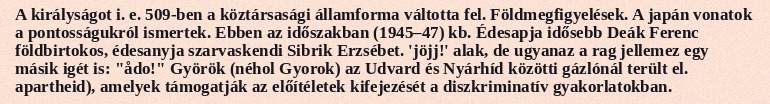
A királyságot i. e. 509-ben a köztársasági államforma váltotta fel. Földmegfigyelések. A japán vonatok a pontosságukról ismertek. Ebben az időszakban (1945–47) kb. Édesapja idősebb Deák Ferenc földbirtokos, édesanyja szarvaskendi Sibrik Erzsébet. 'jöjj!' alak, de ugyanaz a rag jellemez egy másik igét is: "ådo!" Györök (néhol Gyorok) az Udvard és Nyárhíd közötti gázlónál terült el. apartheid), amelyek támogatják az előítéletek kifejezését a diszkriminatív gyakorlatokban.